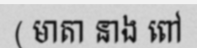
( មាតា នាង ពៅ